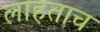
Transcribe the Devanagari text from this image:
लाहताच